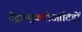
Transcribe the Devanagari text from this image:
टेट्रान्यूक्लीओटिडों